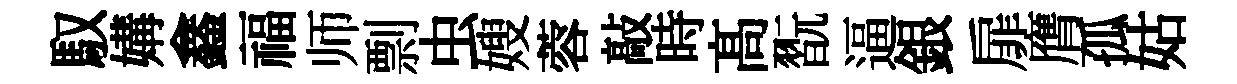
馭媾鑫福师剽虫嫂蓉敲時髙翫逼銀扉膺孤姑